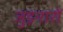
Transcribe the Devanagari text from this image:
जुड़नारों